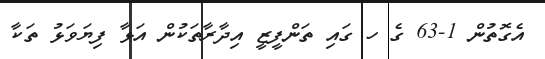
އެގޮތުން 1-63 ގެ ހ ގައި ތަންފީޒީ އިދާރާތަކުން އަޅާ ފިޔަވަޅު ތަކާ